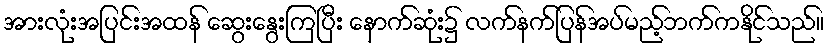
အားလုံးအပြင်းအထန် ဆွေးနွေးကြပြီး နောက်ဆုံး၌ လက်နက်ပြန်အပ်မည့်ဘက်ကနိုင်သည်။